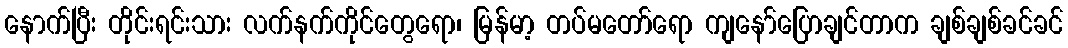
နောက်ပြီး တိုင်းရင်းသား လက်နက်ကိုင်တွေရော၊ မြန်မာ့ တပ်မတော်ရော ကျနော်ပြောချင်တာက ချစ်ချစ်ခင်ခင်